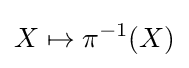
X\mapsto \pi ^{-1}(X)